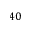
4 0